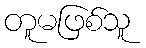
တူမဖြစ်သူ